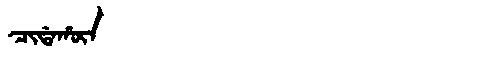
Manchu: ᠴᡳᡩᠠᡥᡡᠨ
Romanization: CIDAHŪN